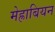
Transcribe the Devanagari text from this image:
मेह्राबियन